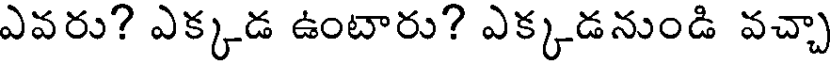
ఎవరు? ఎక్కడ ఉంటారు? ఎక్కడనుండి వచ్చా